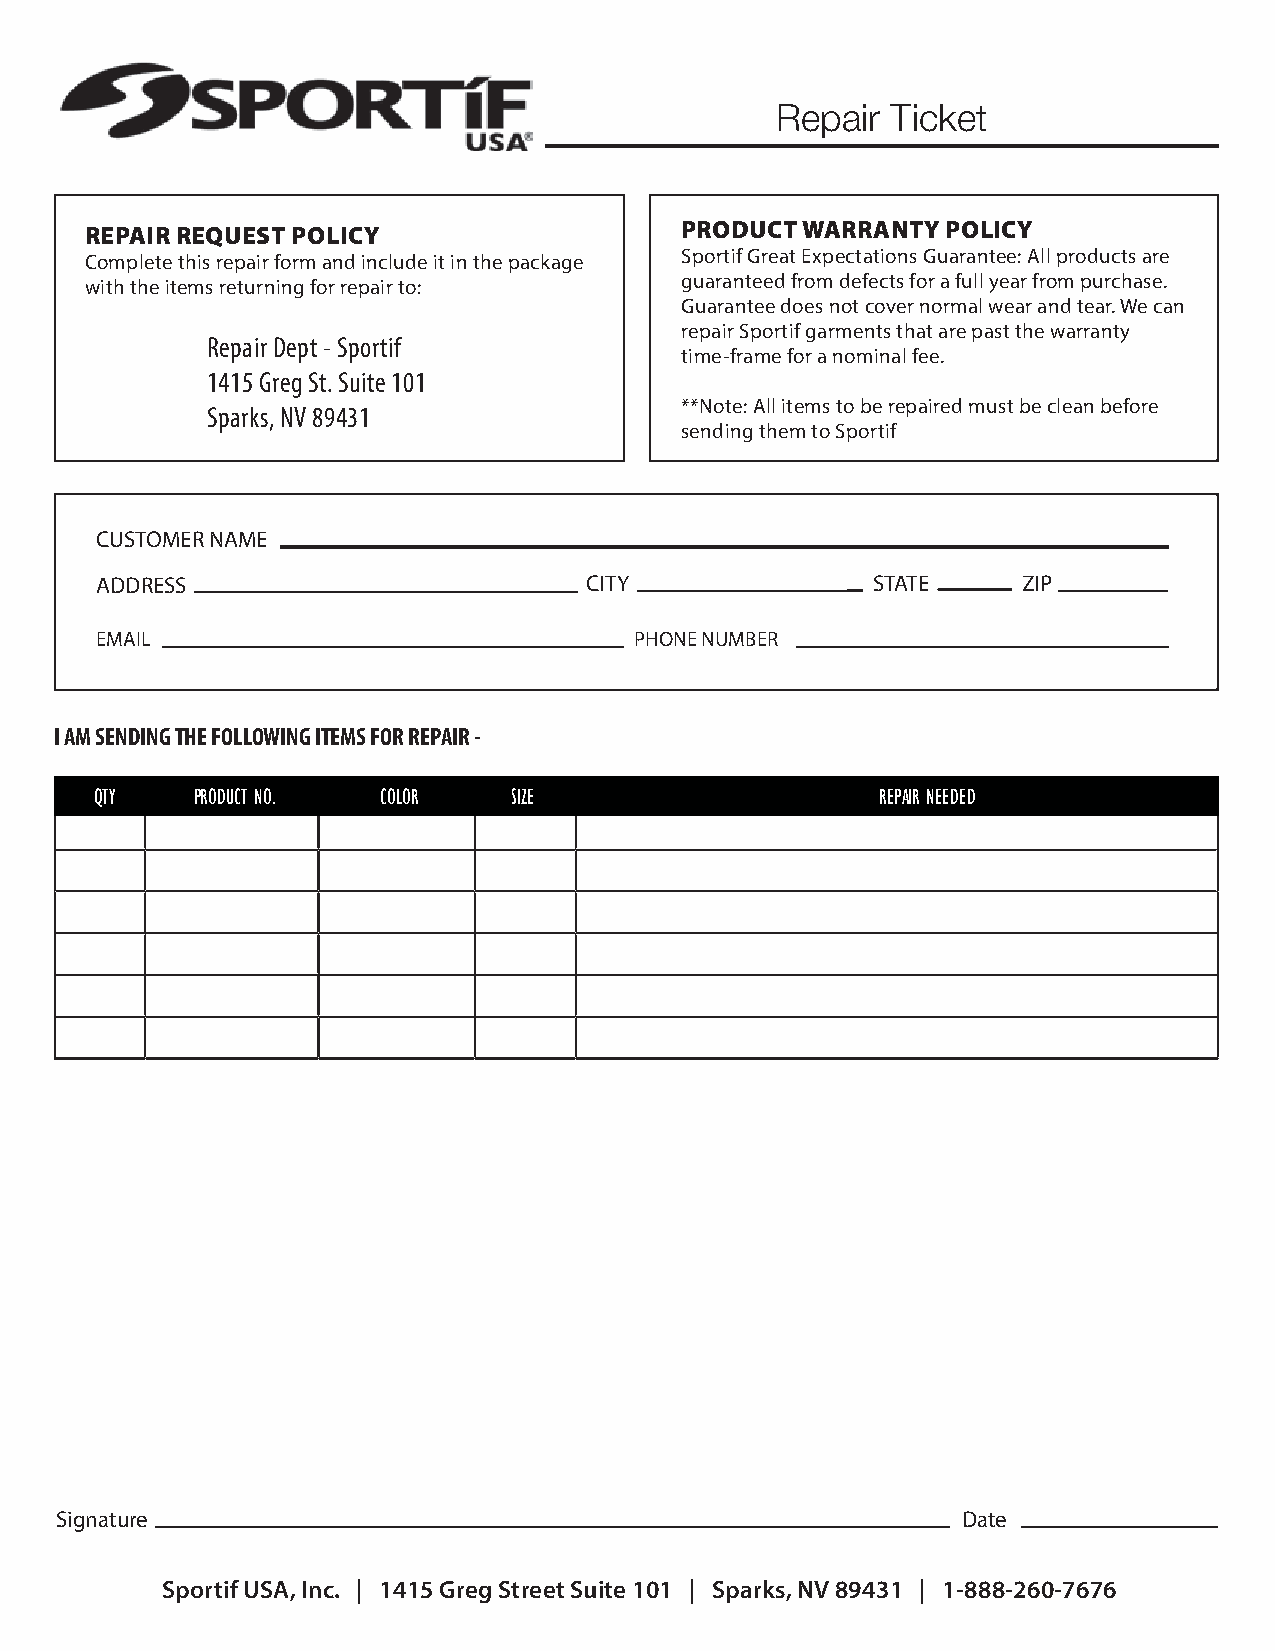
Repair  Ticket
 REPAIR REQUEST POLICY                  PRODUCT WARRANTY  POLICY
 Complete this repair form and include it in the package Sportif Great Expectations Guarantee: All products are
 with the items returning for repair to: guaranteed from defects for a full year from purchase.
 Guarantee does not cover normal wear and tear. We can
 repair Sportif garments that are past the warranty
 Repair Dept - Sportif
 time-frame for a nominal fee.
 1415 Greg St. Suite 101
 **Note: All items to be repaired must be clean before
 Sparks, NV 89431
 sending them to Sportif
 CUSTOMER NAME
 ADDRESS                          CITY               STATE     ZIP
 EMAIL                               PHONE NUMBER
 I AM SENDING THE FOLLOWING ITEMS FOR REPAIR -
 QTY    PRODUCT NO. COLOR    SIZE                    REPAIR NEEDED
 Signature                                                   Date
 Sportif USA, Inc. | 1415 Greg Street Suite 101 | Sparks, NV 89431 | 1-888-260-7676